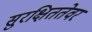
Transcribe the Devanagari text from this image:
सुरक्षिततेवर